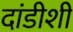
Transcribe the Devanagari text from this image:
दांडीशी